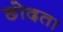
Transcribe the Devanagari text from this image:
छोदता